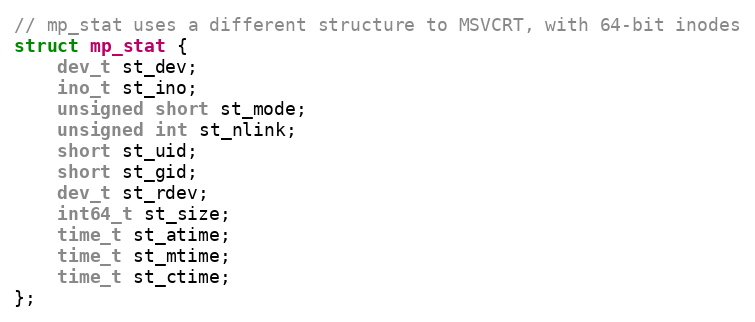
Language: C
// mp_stat uses a different structure to MSVCRT, with 64-bit inodes
struct mp_stat {
    dev_t st_dev;
    ino_t st_ino;
    unsigned short st_mode;
    unsigned int st_nlink;
    short st_uid;
    short st_gid;
    dev_t st_rdev;
    int64_t st_size;
    time_t st_atime;
    time_t st_mtime;
    time_t st_ctime;
};